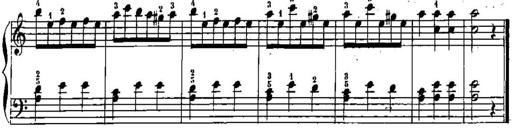
Title: Trois sonatines
Composer: Maurice Emmanuel